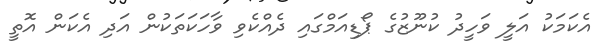
އެކަމަކު އަލީ ވަހީދު ކުނޫޒުގެ ޕޯޑިއަމްގައި ދެއްކެވި ވާހަކަތަކުން އަދި އެކަން އޮތީ